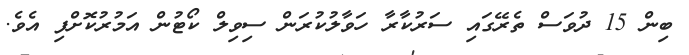
ބިން 15 ދުވަސް ތެރޭގައި ސަރުކާރާ ހަވާލުކުރަން ސިވިލް ކޯޓުން އަމުރުކޮށްފި އެވެ.